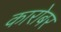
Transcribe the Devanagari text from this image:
कारोबर